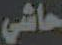
حاشي